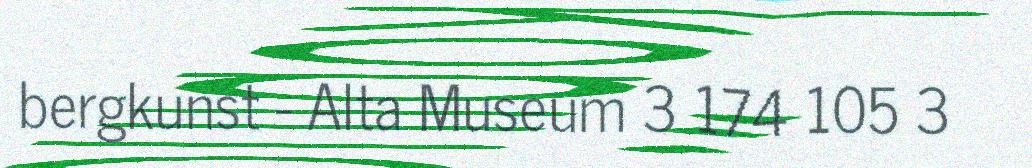
bergkunst - Alta Museum 3 174 105 3